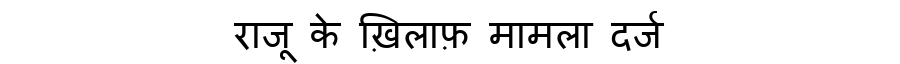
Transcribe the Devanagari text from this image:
राजू के ख़िलाफ़ मामला दर्ज